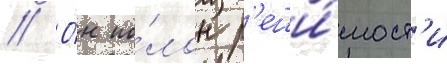
// О́н по́лон р'еши́мост'и